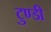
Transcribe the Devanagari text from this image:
टुण्डी